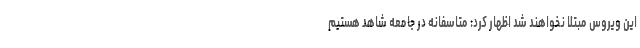
این ویروس مبتلا نخواهند شد اظهار کرد: متاسفانه در جامعه شاهد هستیم